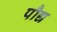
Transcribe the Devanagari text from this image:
पौद्य